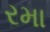
રમા